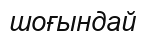
шоғындай